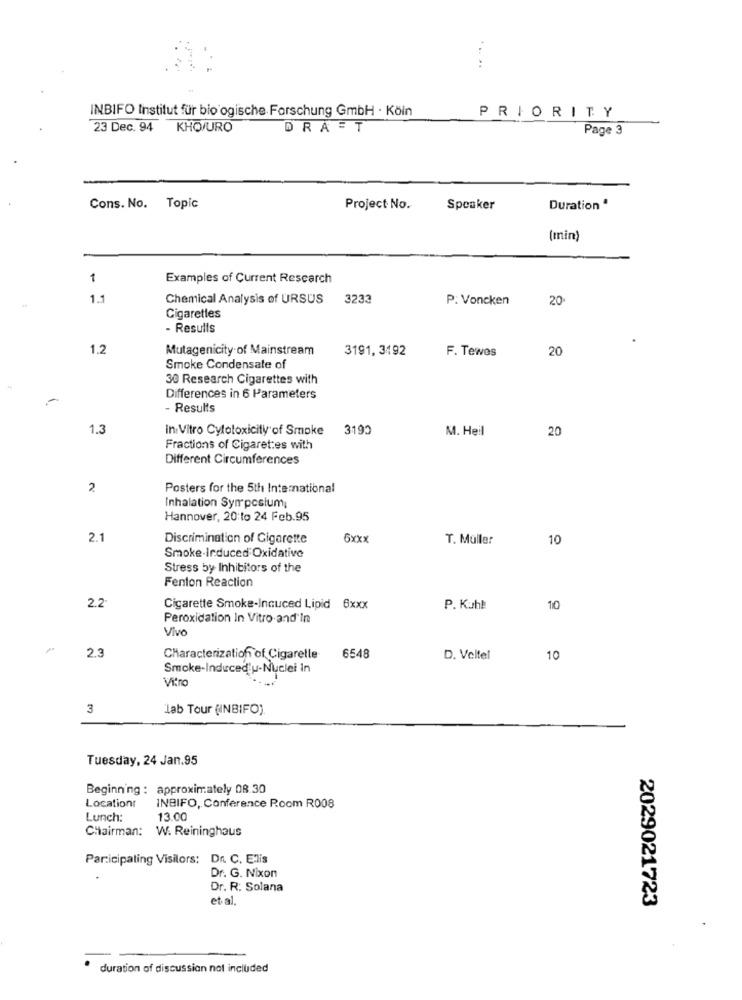
... ..
INBIFO Institut für bio ogische Forschung GmbH · Köln
PRIORITY
23 Dec. 94 KHO/URO
DRAFT
Page 3
Cons. No. Topic
Project No.
Speaker
Duration ª
(min)
1
Examples of Current Research
1.1
Chemical Analysis of URSUS
3233
P. Voncken
20
Cigarettes
- Results
1,2
Mutagenicity of Mainstream
3191, 3192
F. Tewes
20
Smoke Condensate of
30 Research Cigarettes with
-
Differences in 6 Parameters
- Results
1.3
in Vitro Cytotoxicity of Smoke
3190
M. Heil
20
Fractions of Cigarettes with
Different Circumferences
2
Posters for the 5th International
Inhalation Symposium;
Hannover, 20:to 24 Feb.95
2.1
Discrimination of Cigarette
6xxx
T. Müller
10
Smoke-Induced Oxidative
Stress by Inhibitors of the
Fenton Reaction
2.2
Cigarette Smoke-Induced Lipid 6xxx
P. Kuhl
10
Peroxidation In Vitro and In
Vivo
2.3
Characterization of Cigaretle
6548
D. Veltel
10
Smoke-Inducedlu-Nuclei In
Vitro
3
lab Tour (INBIFO)
Tuesday, 24 Jan.95
Beginning : approximately 08.30
Location
INBIFO, Conference Room R008
Lunch:
13.00
Chairman: W. Reininghaus
Participating Visilors: Dr. C. E'lis
Dr. G. Nixon
Dr. R: Solana
et al.
2029021723
duration of discussion not included